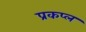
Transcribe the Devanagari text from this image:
प्रकप्ल